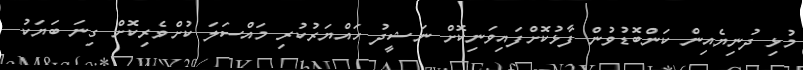
މުޅި ދުނިޔެއިން ކަންބޮޑުވުން ފާޅުކޮށްފައިވަނިކޮށް ނަޝީދު ހައްޔަރުކުރި މައްސަލަ ކުށްވެރިކޮށް ގިނަ ބަޔަކު